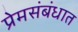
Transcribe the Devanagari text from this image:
प्रेमसंबंधात